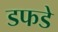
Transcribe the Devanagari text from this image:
डफडे